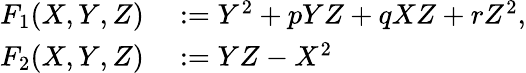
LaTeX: \begin{array}{rl}{F_{1}(X,Y,Z)}&{{}:=Y^{2}+pYZ+qXZ+rZ^{2},}\\ {F_{2}(X,Y,Z)}&{{}:=YZ-X^{2}}\end{array}